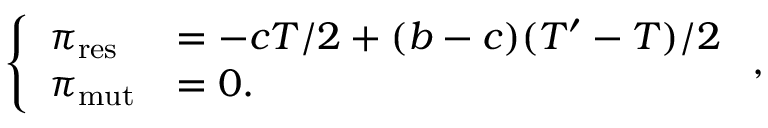
\left\{ \begin{array} { l l } { \pi _ { \mathrm { r e s } } } & { = - c T / 2 + ( b - c ) ( T ^ { \prime } - T ) / 2 } \\ { \pi _ { \mathrm { m u t } } } & { = 0 . } \end{array} \right. ,